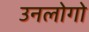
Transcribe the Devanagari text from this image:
उनलोगो